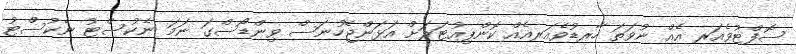
ސޮފްޓުވެއަރ އެއް ނުވަތަ ހާރޑުވެއަރއެއް ކޮންޕިއުޓަރަށް އަޅަންޖެހުނަސް ވިންޑޯސްގަ ނަމަ ނެކުސްޓު ނެކުސްޓު